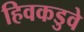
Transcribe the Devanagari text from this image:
हिवकडुवे